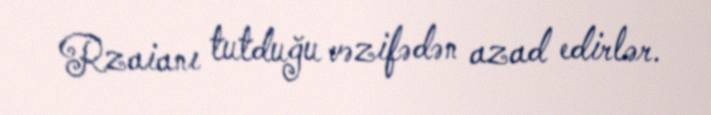
Rzaianı tutduğu vəzifədən azad edirlər.